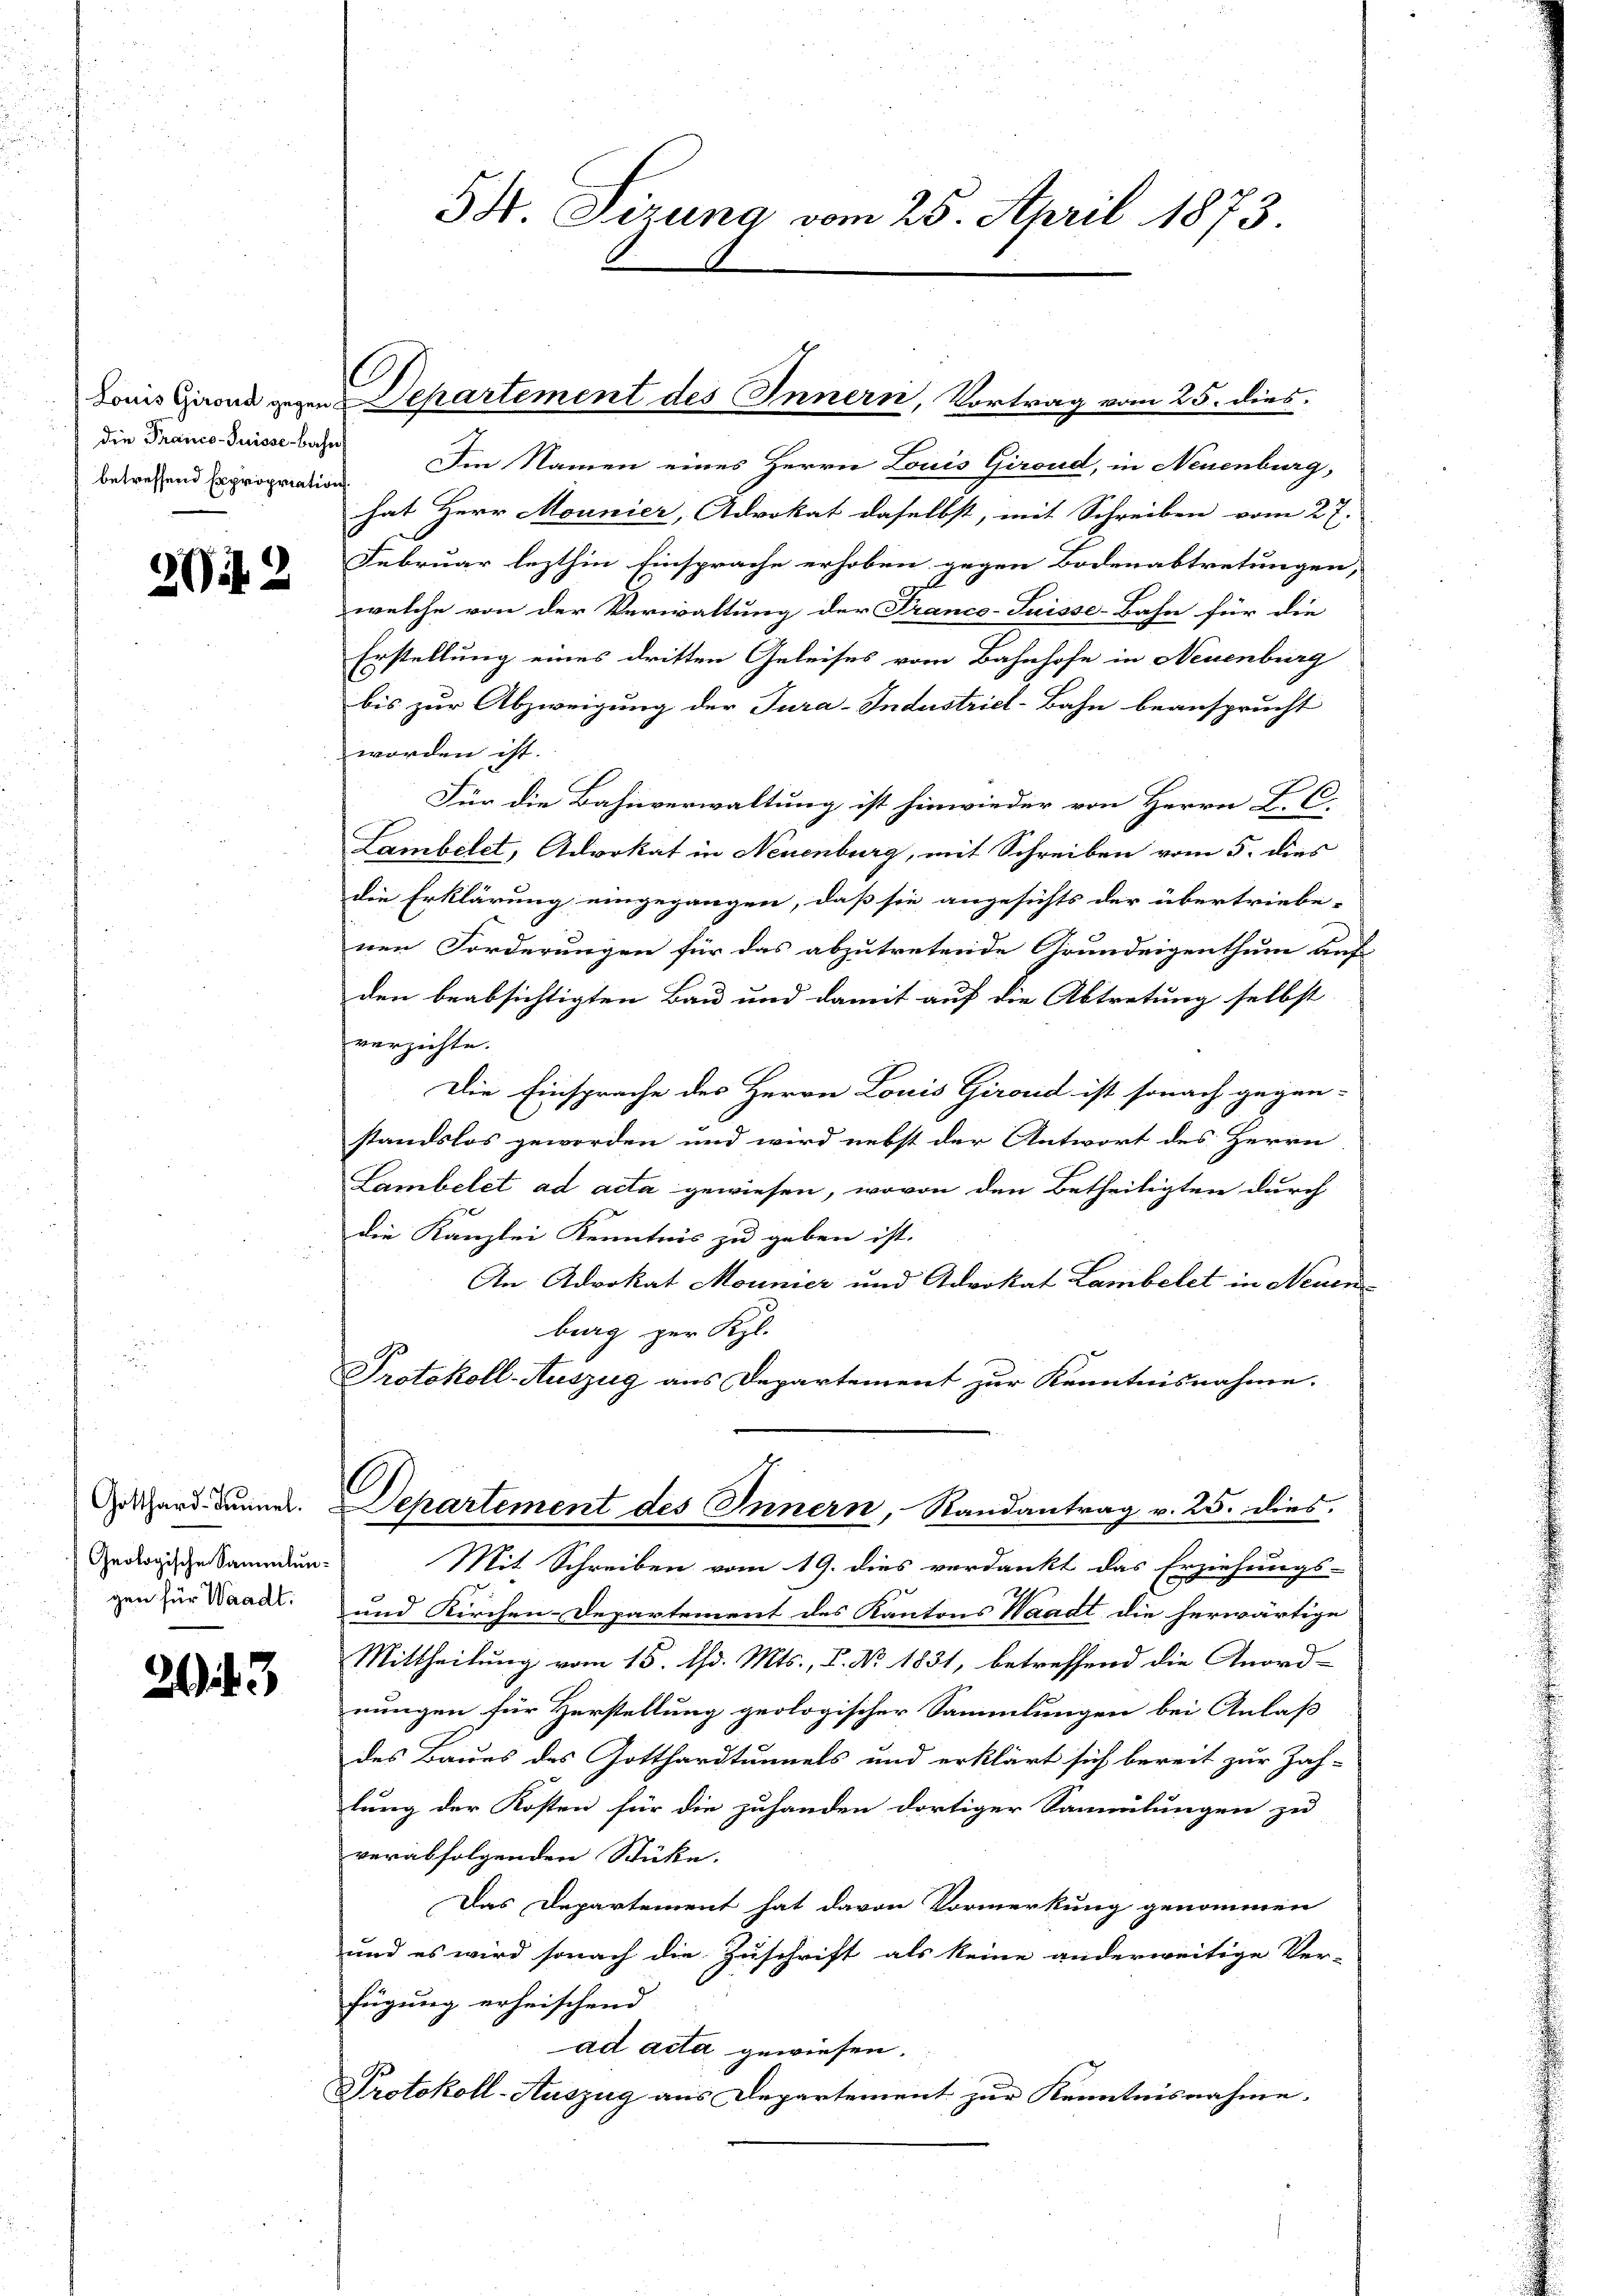
die Franco-Suisse - bahn
betreffend Expropriation

2042

Geologische Sammlungen für Waadt.

2

43

54. Sizung vom 25. April 1873.

Louis Girond gegen Departement des Innern, Vortrag vom 25. dies

Im Namen eines Herrn Louis Giroud, in Neuenburg,
hat Herr Mounier, Advokat daselbst, mit Schreiben vom 27.
Februar lezthin Einsprache erhoben gegen Bodenabtretungen,
9
welche von der Verwaltung der Franco-Suisse-Bahn für die
Erstellung eines dritten Geleises vom Bahnhofe in Neuenburg
bis zur Abzweigung der Tura-Industriel-Bahn beansprucht
worden ist.
Für die Bahnverwaltung ist hinwieder von Herrn L. C.
Lambelet, Advokat in Neuenburg, mit Schreiben vom 5. dies
die Erklärung eingegangen, daß sie angesichts der übertriebe-
nen Forderungen für das abzutretende Grundeigenthum auf
den beabsichtigten Bau und damit auf die Abtretung selbst
verzichte.
Die Einsprache des Herrn Louis Giroud ist sonach gegen-
standslos geworden und wird nebst der Antwort des Herrn
Lambelet ad acta gewiesen, wovon den Betheiligten durch
die Kanzlei Kenntnis zu geben ist.
An Advokat Mounier und Advokat Lambelet in Neuen
burg zur Kl.
Protokoll-Auszug aus Departement zur Kenntnisnahme.
elhard denner. Departement des Innern, Randantrag v. 25. dies.
Mit Schreiben vom 19. dies verdankt das Erziehungs-
19
und Kirchen-Departement des Kantons Waadt die herwärtige
Mittheilung vom 15. d. Mts., P. Nr. 1831, betreffend die Anord-
nungen für Herstellung geologischer Sammlungen bei Anlaß
des Baues des Gotthardtunnels und erklärt sich bereit zur Zah-
lung der Kosten für die zuhanden dortiger Sammlungen zu
verabfolgenden Stücke.
Das Departement hat davon Vormerkung genommen
und es wird sonach die Zuschrift als keine anderweitige Ver-
fügung erheischend
ad acta gewiesen.
Protokoll-Auszug aus Departement zur Kenntnisnahme.